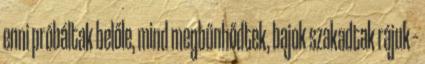
enni próbáltak belőle, mind megbűnhődtek, bajok szakadtak rájuk –